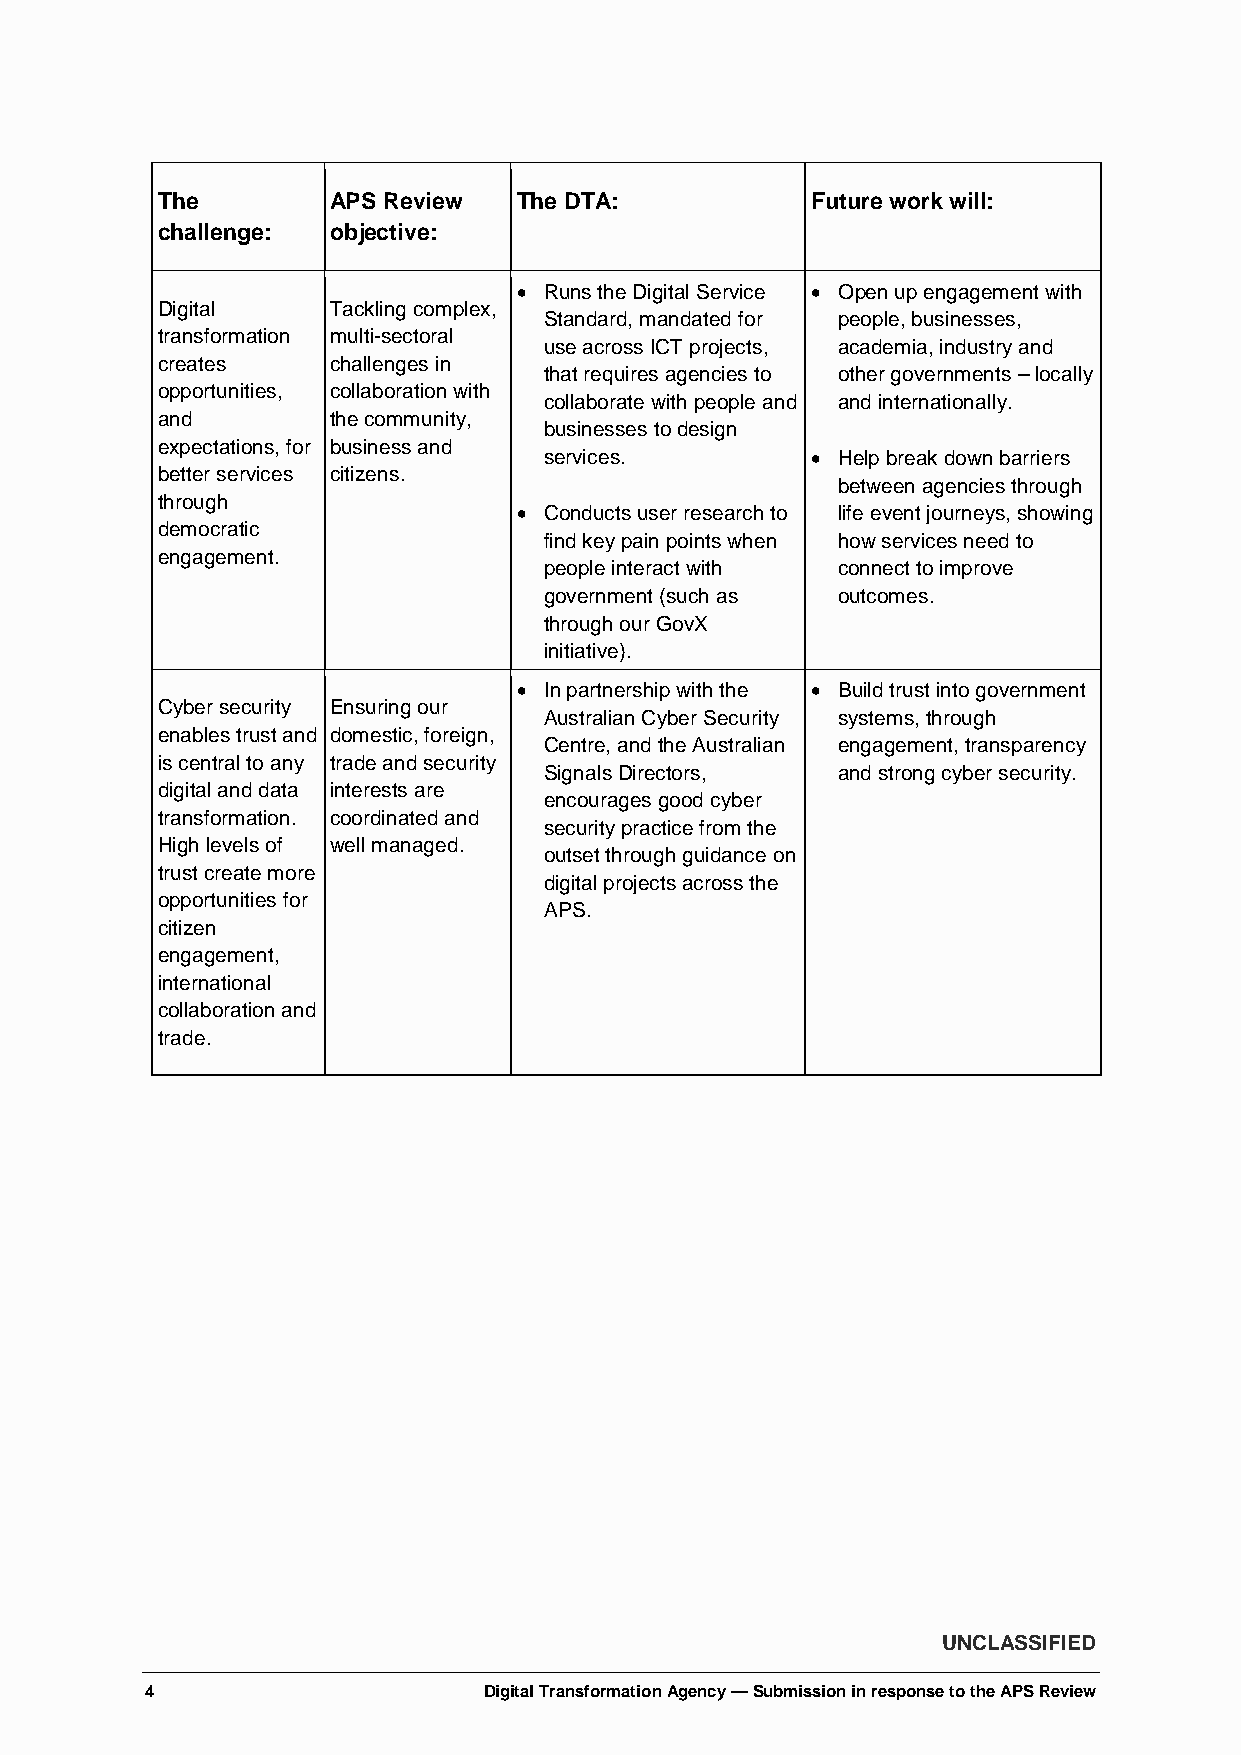
The         APS Review  The DTA:            Future work will:
 challenge:  objective:
 • Runs the Digital Service • Open up engagement with
 Digital     Tackling complex,
 Standard, mandated for people, businesses,
 transformation multi-sectoral
 use across ICT projects, academia, industry and
 creates     challenges in
 that requires agencies to other governments – locally
 opportunities, collaboration with
 collaborate with people and and internationally.
 and         the community,
 businesses to design
 expectations, for business and
 services.         • Help break down barriers
 better services citizens.
 between agencies through
 through
 • Conducts user research to life event journeys, showing
 democratic
 find key pain points when how services need to
 engagement.
 people interact with connect to improve
 government (such as outcomes.
 through our GovX
 initiative).
 • In partnership with the • Build trust into government
 Cyber security Ensuring our
 Australian Cyber Security systems, through
 enables trust and domestic, foreign,
 Centre, and the Australian engagement, transparency
 is central to any trade and security
 Signals Directors, and strong cyber security.
 digital and data interests are
 encourages good cyber
 transformation. coordinated and
 security practice from the
 High levels of well managed.
 outset through guidance on
 trust create more
 digital projects across the
 opportunities for
 APS.
 citizen
 engagement,
 international
 collaboration and
 trade.
 UNCLASSIFIED
 4                     Digital Transformation Agency — Submission in response to the APS Review